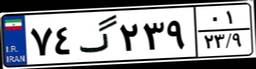
۷۴گ۲۳۹۰۱